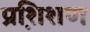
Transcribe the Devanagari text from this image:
प्रशि़शण